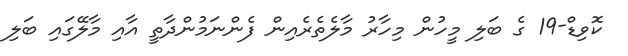
ކޮވިޑް-19 ގެ ބަލި މީހުން މިހާރު މާލެތެރެއިން ފެންނަމުންދާތީ އާއި މާލޭގައި ބަލި